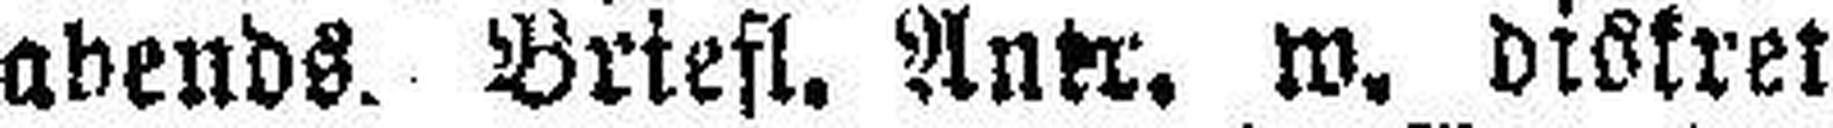
abends. Briest. Ankr. w. diskret